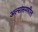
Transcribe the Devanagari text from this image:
अल्सासमधील